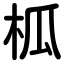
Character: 柧